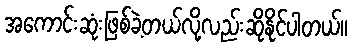
အကောင်းဆုံးဖြစ်ခဲ့တယ်လို့လည်းဆိုနိုင်ပါတယ်။